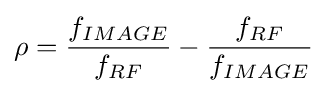
\rho ={\frac {f_}{f_{RF}}}-{\frac {f_{RF}}{f_}}